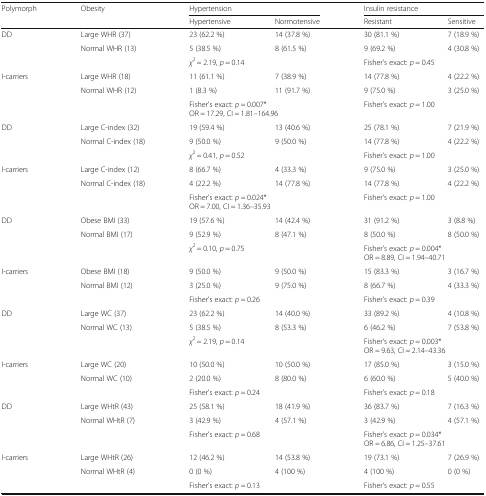
<table><thead><tr><td rowspan="2"><b>Polymorph</b></td><td rowspan="2"><b>Obesity</b></td><td colspan="2"><b>Hypertension</b></td><td colspan="2"><b>Insulin resistance</b></td></tr><tr><td><b>Hypertensive</b></td><td><b>Normotensive</b></td><td><b>Resistant</b></td><td><b>Sensitive</b></td></tr></thead><tbody><tr><td rowspan="3">DD</td><td>Large WHR (37)</td><td>23 (62.2 %)</td><td>14 (37.8 %)</td><td>30 (81.1 %)</td><td>7 (18.9 %)</td></tr><tr><td>Normal WHR (13)</td><td>5 (38.5 %)</td><td>8 (61.5 %)</td><td>9 (69.2 %)</td><td>4 (30.8 %)</td></tr><tr><td></td><td colspan="2"><i>χ</i><sup>2</sup> = 2.19, <i>p</i> = 0.14</td><td colspan="2">Fisher&#x27;s exact: <i>p</i> = 0.45</td></tr><tr><td rowspan="3">I-carriers</td><td>Large WHR (18)</td><td>11 (61.1 %)</td><td>7 (38.9 %)</td><td>14 (77.8 %)</td><td>4 (22.2 %)</td></tr><tr><td>Normal WHR (12)</td><td>1 (8.3 %)</td><td>11 (91.7 %)</td><td>9 (75.0 %)</td><td>3 (25.0 %)</td></tr><tr><td></td><td colspan="2">Fisher&#x27;s exact: <i>p</i> = 0.007*OR = 17.29, CI = 1.81–164.96</td><td colspan="2">Fisher&#x27;s exact: <i>p</i> = 1.00</td></tr><tr><td rowspan="3">DD</td><td>Large C-index (32)</td><td>19 (59.4 %)</td><td>13 (40.6 %)</td><td>25 (78.1 %)</td><td>7 (21.9 %)</td></tr><tr><td>Normal C-index (18)</td><td>9 (50.0 %)</td><td>9 (50.0 %)</td><td>14 (77.8 %)</td><td>4 (22.2 %)</td></tr><tr><td></td><td colspan="2"><i>χ</i><sup>2</sup> = 0.41, <i>p</i> = 0.52</td><td colspan="2">Fisher&#x27;s exact: <i>p</i> = 1.00</td></tr><tr><td rowspan="3">I-carriers</td><td>Large C-index (12)</td><td>8 (66.7 %)</td><td>4 (33.3 %)</td><td>9 (75.0 %)</td><td>3 (25.0 %)</td></tr><tr><td>Normal C-index (18)</td><td>4 (22.2 %)</td><td>14 (77.8 %)</td><td>14 (77.8 %)</td><td>4 (22.2 %)</td></tr><tr><td></td><td colspan="2">Fisher&#x27;s exact: <i>p</i> = 0.024*OR = 7.00, CI = 1.36–35.93</td><td colspan="2">Fisher&#x27;s exact: <i>p</i> = 1.00</td></tr><tr><td rowspan="3">DD</td><td>Obese BMI (33)</td><td>19 (57.6 %)</td><td>14 (42.4 %)</td><td>31 (91.2 %)</td><td>3 (8.8 %)</td></tr><tr><td>Normal BMI (17)</td><td>9 (52.9 %)</td><td>8 (47.1 %)</td><td>8 (50.0 %)</td><td>8 (50.0 %)</td></tr><tr><td></td><td colspan="2"><i>χ</i><sup>2</sup> = 0.10, <i>p</i> = 0.75</td><td colspan="2">Fisher&#x27;s exact: <i>p</i> = 0.004*OR = 8.89, CI = 1.94–40.71</td></tr><tr><td rowspan="3">I-carriers</td><td>Obese BMI (18)</td><td>9 (50.0 %)</td><td>9 (50.0 %)</td><td>15 (83.3 %)</td><td>3 (16.7 %)</td></tr><tr><td>Normal BMI (12)</td><td>3 (25.0 %)</td><td>9 (75.0 %)</td><td>8 (66.7 %)</td><td>4 (33.3 %)</td></tr><tr><td></td><td colspan="2">Fisher&#x27;s exact: <i>p</i> = 0.26</td><td colspan="2">Fisher&#x27;s exact: <i>p</i> = 0.39</td></tr><tr><td rowspan="3">DD</td><td>Large WC (37)</td><td>23 (62.2 %)</td><td>14 (40.0 %)</td><td>33 (89.2 %)</td><td>4 (10.8 %)</td></tr><tr><td>Normal WC (13)</td><td>5 (38.5 %)</td><td>8 (53.3 %)</td><td>6 (46.2 %)</td><td>7 (53.8 %)</td></tr><tr><td></td><td colspan="2"><i>χ</i><sup>2</sup> = 2.19, <i>p</i> = 0.14</td><td colspan="2">Fisher&#x27;s exact: <i>p</i> = 0.003*OR = 9.63, CI = 2.14–43.36</td></tr><tr><td rowspan="3">I-carriers</td><td>Large WC (20)</td><td>10 (50.0 %)</td><td>10 (50.0 %)</td><td>17 (85.0 %)</td><td>3 (15.0 %)</td></tr><tr><td>Normal WC (10)</td><td>2 (20.0 %)</td><td>8 (80.0 %)</td><td>6 (60.0 %)</td><td>5 (40.0 %)</td></tr><tr><td></td><td colspan="2">Fisher&#x27;s exact: <i>p</i> = 0.24</td><td colspan="2">Fisher&#x27;s exact: <i>p</i> = 0.18</td></tr><tr><td rowspan="3">DD</td><td>Large WHtR (43)</td><td>25 (58.1 %)</td><td>18 (41.9 %)</td><td>36 (83.7 %)</td><td>7 (16.3 %)</td></tr><tr><td>Normal WHtR (7)</td><td>3 (42.9 %)</td><td>4 (57.1 %)</td><td>3 (42.9 %)</td><td>4 (57.1 %)</td></tr><tr><td></td><td colspan="2">Fisher&#x27;s exact: <i>p</i> = 0.68</td><td colspan="2">Fisher&#x27;s exact: <i>p</i> = 0.034*OR = 6.86, CI = 1.25–37.61</td></tr><tr><td rowspan="3">I-carriers</td><td>Large WHtR (26)</td><td>12 (46.2 %)</td><td>14 (53.8 %)</td><td>19 (73.1 %)</td><td>7 (26.9 %)</td></tr><tr><td>Normal WHtR (4)</td><td>0 (0 %)</td><td>4 (100 %)</td><td>4 (100 %)</td><td>0 (0 %)</td></tr><tr><td></td><td colspan="2">Fisher&#x27;s exact: <i>p</i> = 0.13</td><td colspan="2">Fisher&#x27;s exact: <i>p</i> = 0.55</td></tr></tbody></table>